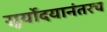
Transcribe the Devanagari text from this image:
सूर्योदयानंतरच